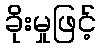
ခိုးမှုဖြင့်